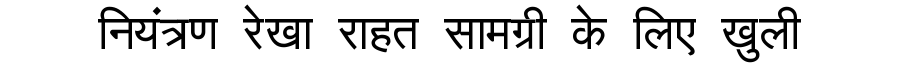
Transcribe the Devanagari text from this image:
नियंत्रण रेखा राहत सामग्री के लिए खुली